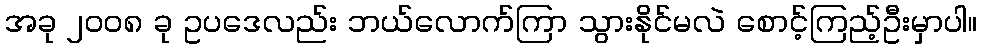
အခု ၂၀၀၈ ခု ဥပဒေလည်း ဘယ်လောက်ကြာ သွားနိုင်မလဲ စောင့်ကြည့်ဦးမှာပါ။